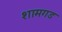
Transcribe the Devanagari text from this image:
शामगड